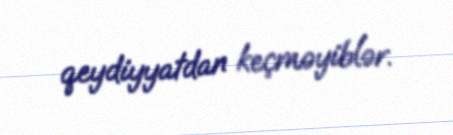
qeydiyyatdan keçməyiblər.